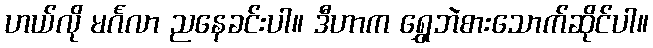
ဟယ်လို မင်္ဂလာ ညနေခင်းပါ။ ဒီဟာက ရွှေဘဲစားသောက်ဆိုင်ပါ။